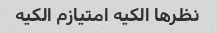
نظرها الکیه امتیازم الکیه